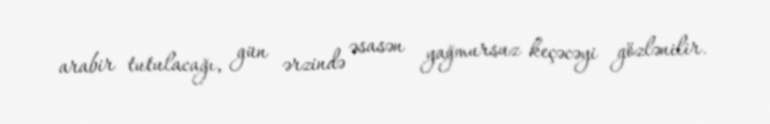
arabir tutulacağı, gün ərzində əsasən yağmursuz keçəcəyi gözlənilir.